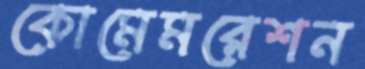
কোমেমরেশন